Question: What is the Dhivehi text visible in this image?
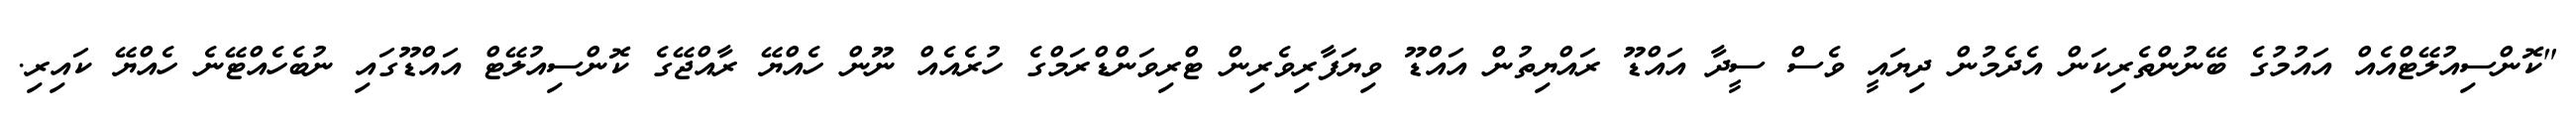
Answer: "ކޮންސިއުލޭޓްއެއް އައުމުގެ ބޭނުންތެރިކަން އެދެމުން ދިޔައީ ވެސް ސީދާ އައްޑޫ ރައްޔިތުން އައްޑޫ ވިޔަފާރިވެރިން ޓްރިވަންޑްރަމްގެ ހުރެއެއް ނޫން ހެއްޔޭ ރާއްޖޭގެ ކޮންސިއުލޭޓް އައްޑޫގައި ނުބެހެއްޓޭނެ ހެއްޔޭ ކައިރި.